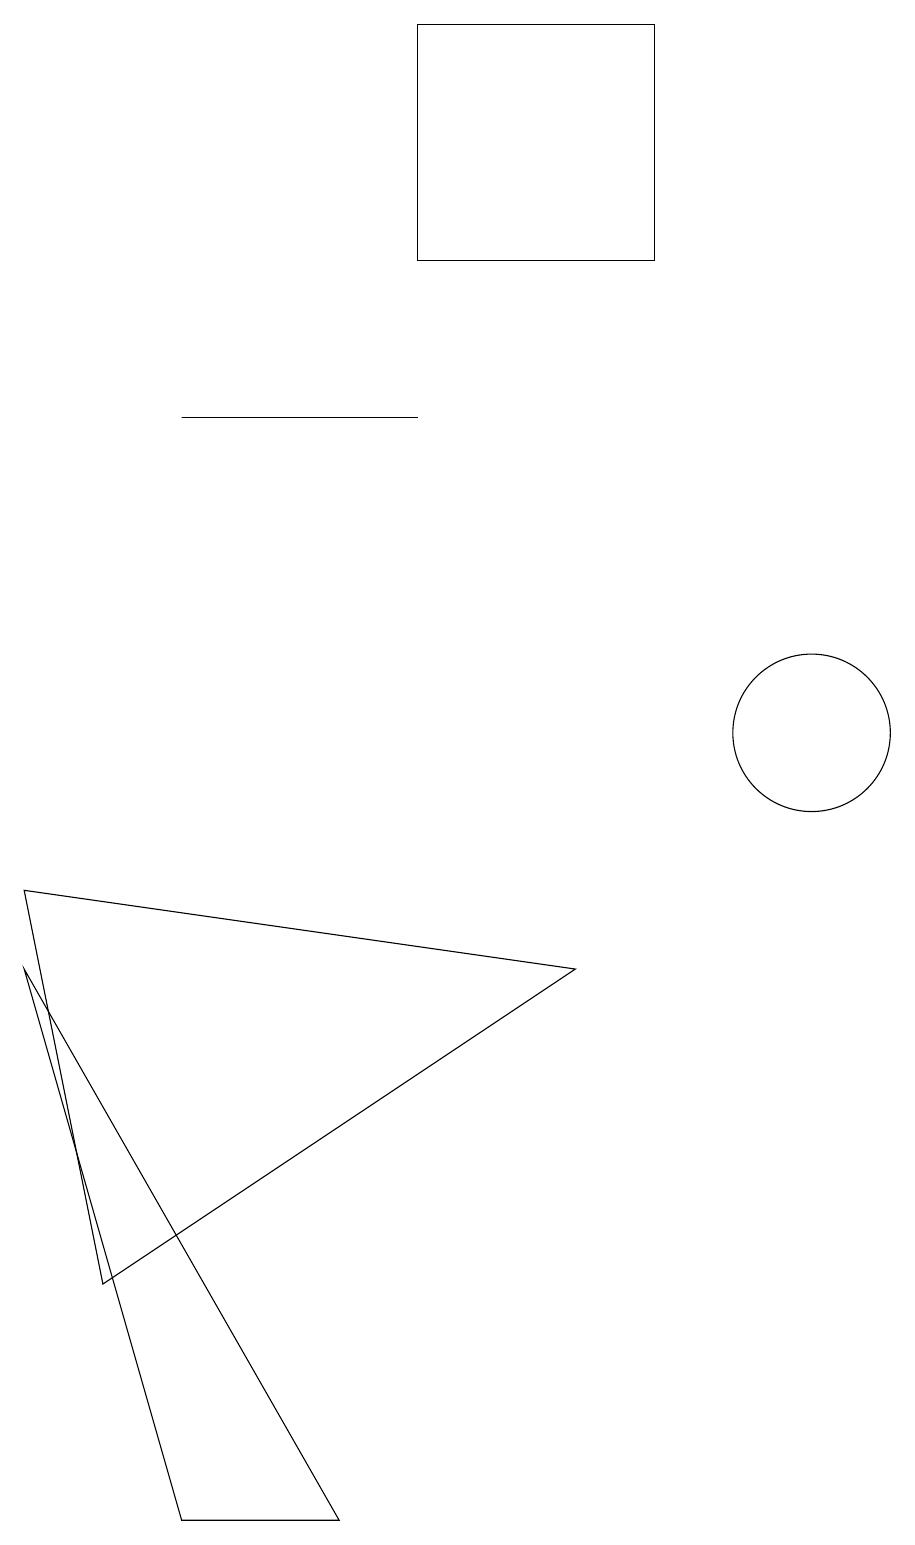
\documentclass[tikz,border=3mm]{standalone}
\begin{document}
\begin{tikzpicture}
\draw (0,8) -- (7,7) -- (1,3) -- cycle;
\draw (0,7) -- (2,0) -- (4,0) -- cycle;
\draw (2,14) rectangle (5,14);
\draw (10,10) circle (1);
\draw (8,19) rectangle (5,16);
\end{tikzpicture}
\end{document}